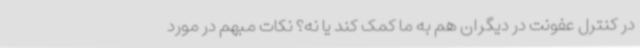
در کنترل عفونت در دیگران هم به ما کمک کند یا نه؟ نکات مبهم در مورد